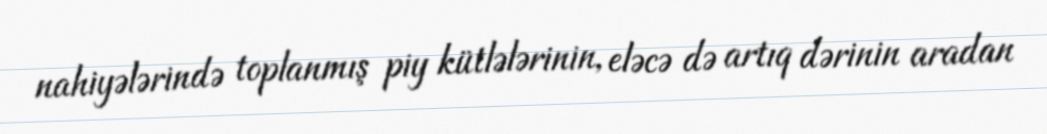
nahiyələrində toplanmış piy kütlələrinin, eləcə də artıq dərinin aradan